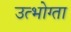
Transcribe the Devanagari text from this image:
उत्भोग्ता